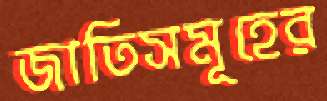
জাতিসমূহের